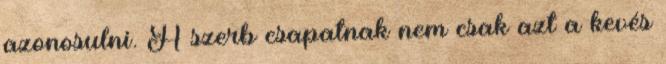
azonosulni. A szerb csapatnak nem csak azt a kevés